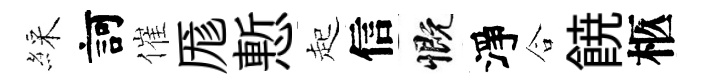
綵訶催厖慙起信慨淨合𩜙柩